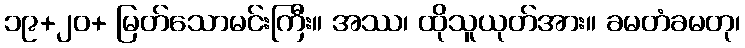
၁၉+၂၀+ မြတ်သောမင်းကြီး။ အဿ၊ ထိုသူယုတ်အား။ ခမတံခမတု၊